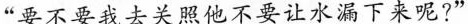
”要不要我去关照他不要让水漏下来呢?”